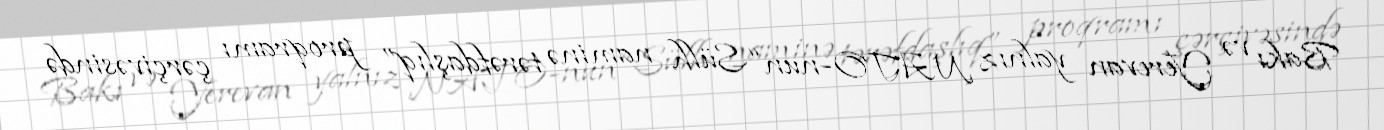
Bakı və Yerevan yalnız NATO-nun “Sülh naminə tərəfdaşlıq” proqramı çərçivəsində